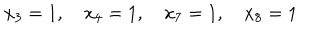
x _ { 3 } = 1 , \quad x _ { 4 } = 1 , \quad x _ { 7 } = 1 , \quad x _ { 8 } = 1